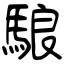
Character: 駺